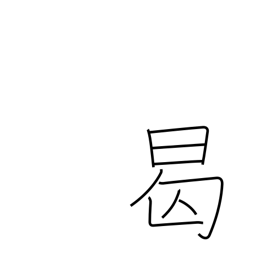
Meaning: when